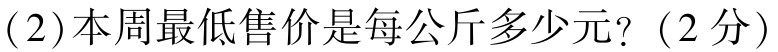
(2)本周最低售价是每公斤多少元? (2分)